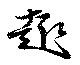
趣